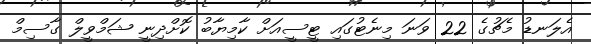
އެލަނޑު މެޗުގެ 22 ވަނަ މިނެޓުގައި ޓީސީއަށް ކާމިޔާބު ކޮށްދިނީ ޝަމްވީލް ގާސިމް